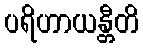
ပရိဟာယန္တီတိ